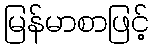
မြန်မာစာဖြင့်